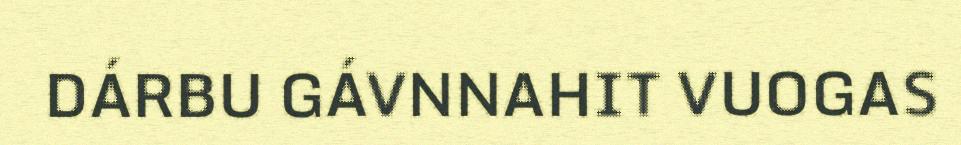
DÁRBU GÁVNNAHIT VUOGAS